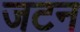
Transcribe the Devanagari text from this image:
जटन